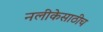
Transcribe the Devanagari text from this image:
नलीकेसाठीच